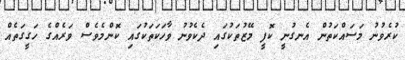
ކުރެވުނު މަސައްކަތުން އެނގުނީ ކޮފީ މޭޒުތަކުގައި ދެކެވުނު ވާހަކަތަކުގައި ކޮންމެެވެސް ވަރެއްގެ ހަގީގަތެއް